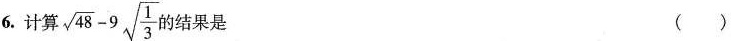
6.计算√ $$\sqrt{48}-9 \sqrt{ \frac{1}{3}}$$ 果是 ( )